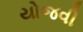
યોજવી